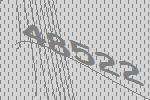
48522